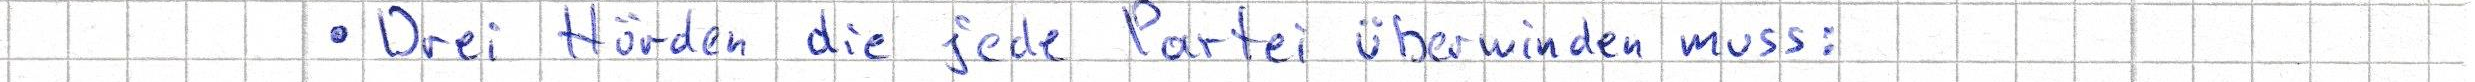
- Drei Hürden die jede Partei überwinden muss: